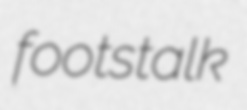
footstalk